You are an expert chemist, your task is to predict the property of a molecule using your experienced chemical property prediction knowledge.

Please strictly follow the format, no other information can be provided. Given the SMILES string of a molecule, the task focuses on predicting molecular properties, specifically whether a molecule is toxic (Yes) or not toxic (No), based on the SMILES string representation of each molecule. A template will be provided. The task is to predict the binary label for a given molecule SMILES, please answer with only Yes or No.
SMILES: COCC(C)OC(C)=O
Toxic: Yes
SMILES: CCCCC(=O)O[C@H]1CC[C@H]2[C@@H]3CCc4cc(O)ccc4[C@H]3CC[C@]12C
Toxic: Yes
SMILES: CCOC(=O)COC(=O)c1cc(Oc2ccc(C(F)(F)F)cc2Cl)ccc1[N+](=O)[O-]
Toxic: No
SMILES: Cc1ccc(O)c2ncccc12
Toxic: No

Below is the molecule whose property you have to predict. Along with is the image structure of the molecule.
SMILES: O=C(O)CCNC(=O)c1ccccc1
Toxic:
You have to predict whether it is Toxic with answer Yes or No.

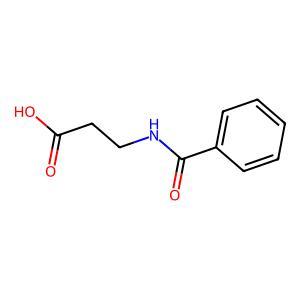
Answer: No